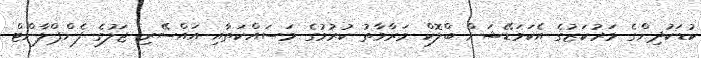
ކުޑަކުދިންގެ މަރުކަޒުގެ އެކަމަޑޭޝަން ބްލޮކް މަރާމާތު ކުރުމުގެ މަސައްކަތާއި އައްސޭރި ޖަލުގެ ފެންޕްލާންޓް